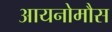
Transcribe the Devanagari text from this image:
आयनोमौस